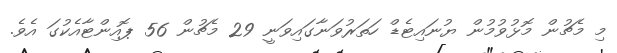
މި މެޗުން މޮޅުވުމުން ޔުނައިޓެޑް ހަތަރުވަނާގައިވަނީ 29 މެޗުން 56 ޕޮއިންޓާއެކުގަ އެވެ.